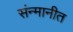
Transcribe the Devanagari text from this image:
संन्मानीत